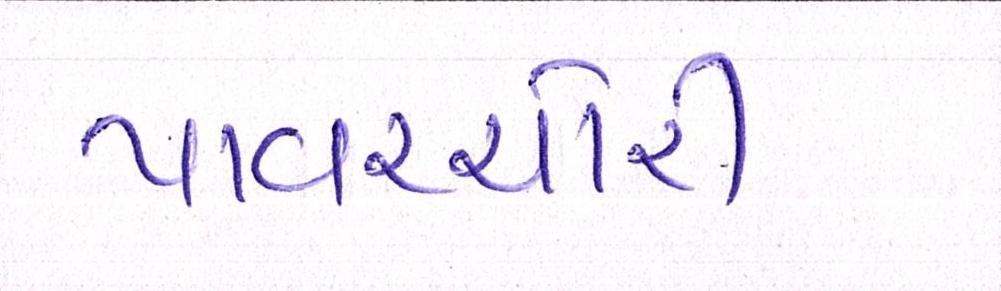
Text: પાવરચોરી